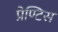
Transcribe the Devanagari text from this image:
प्रेण्टिस